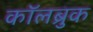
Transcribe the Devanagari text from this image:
कॉलब्रुक